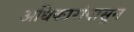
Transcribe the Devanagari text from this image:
अधिकारांपासून